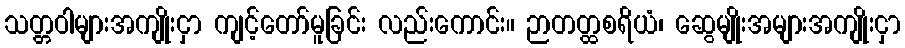
သတ္တဝါများအကျိုးငှာ ကျင့်တော်မူခြင်း လည်းကောင်း။ ဉာတတ္ထစရိယံ၊ ဆွေမျိုးအများအကျိုးငှာ